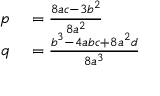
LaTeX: \begin{array} { r l } { p } & { { } = { \frac { 8 a c - 3 b ^ { 2 } } { 8 a ^ { 2 } } } } \\ { q } & { { } = { \frac { b ^ { 3 } - 4 a b c + 8 a ^ { 2 } d } { 8 a ^ { 3 } } } } \end{array}